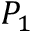
P _ { 1 }